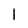
Character: l